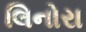
લિનોરા